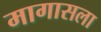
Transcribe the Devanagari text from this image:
मागासला